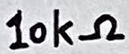
Text: 10kΩ